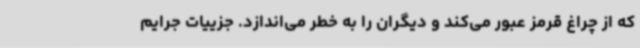
که از چراغ قرمز عبور می‌کند و دیگران را به خطر می‌اندازد. جزییات جرایم